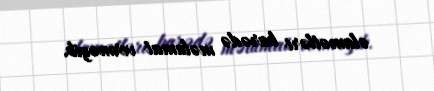
əlamətləri barədə məlumat verməyib.